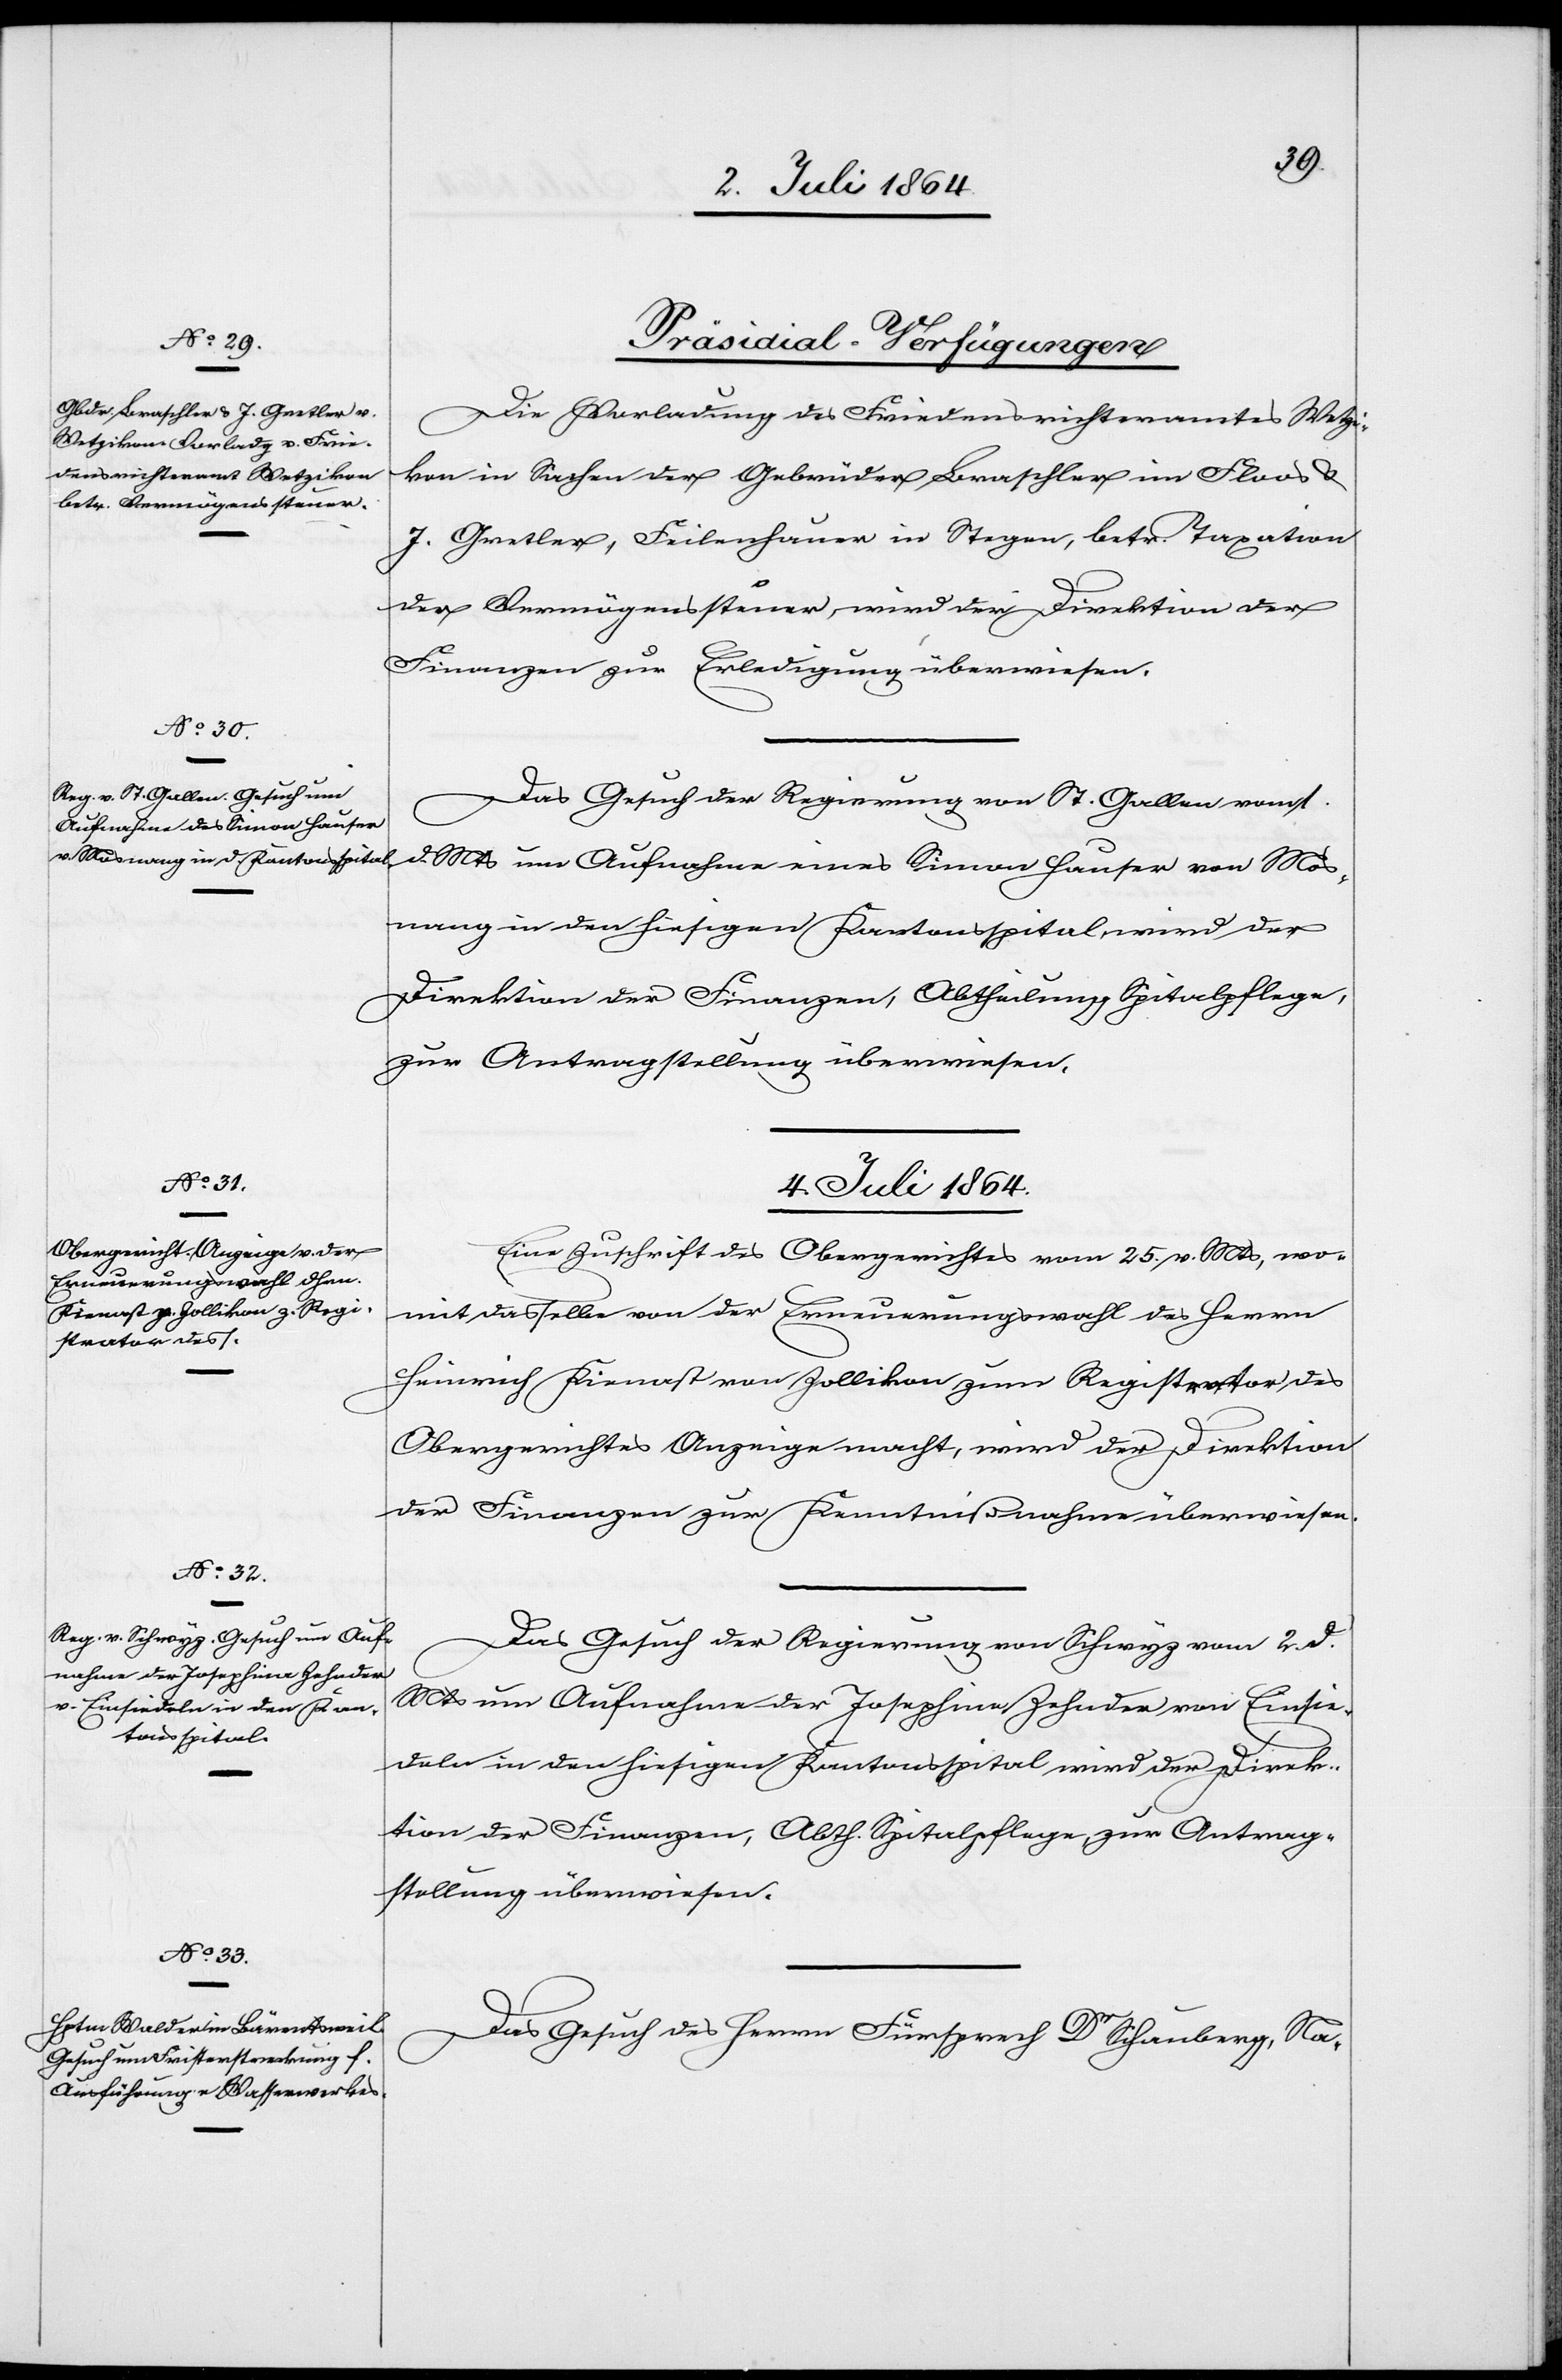
[Präsidial-Verfügungen
Die Vorladung des Friedensrichteramtes Wetzi¬
kon in Sachen der Gebrüder Braschler im Floos u.
J. Gretler, Feilenhauer in Stegen, betr. Taxation
der Vermögenssteuer, wird der Direktion der
Finanzen zur Erledigung überwiesen.
Das Gesuch der Regierung von St. Gallen vom 1.
d. Mts. um Aufnahme eines Simon Hauser von Mos¬
nang in den hiesigen Kantonsspital wird der
Direktion der Finanzen, Abtheilung Spitalpflege,
zur Antragstellung überwiesen.
4. Juli 1864.]
Eine Zuschrift des Obergerichtes vom 25. v. Mts., wo¬
mit dasselbe von der Erneuerungswahl des Herrn
Heinrich Kienast von Zollikon zum Registrator des
Obergerichtes Anzeige macht, wird der Direktion
der Finanzen zur Kenntnißnahme überwiesen.
Das Gesuch der Regierung von Schwyz vom 2. d.
Mts um Aufnahme der Josephine Zehnder von Einsie¬
deln in den hiesigen Kantonsspital wird der Direk¬
tion der Finanzen, Abth. Spitalpflege zur Antrag¬
stellung überwiesen.
Das Gesuch des Herrn Fürsprech Dr Schauberg, Na-